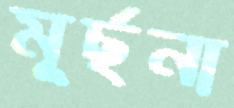
মূর্ছনা